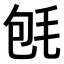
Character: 𣭀